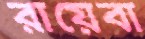
রায়েবা